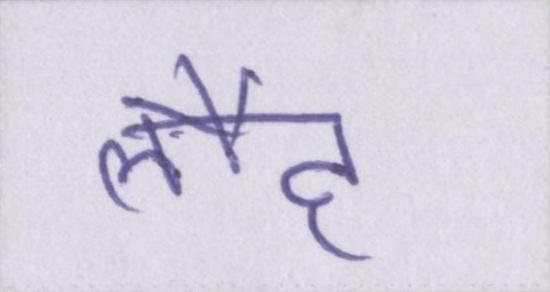
लौह